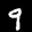
Label: 9